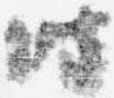
時